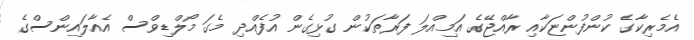
އެމެރިކާގެ ކުންފުންޏަކާއި ރާއްޖޭގެ އަމިއްލަ ފަރާތަކުން ގުޅިގެން އުފެއްދި މެގަ މޯލްޑިވްސް އެއާލައިންސްގެ